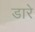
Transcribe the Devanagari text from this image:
डारे